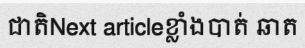
ជាតិNext articleខ្លាំងបាត់ ឆាត